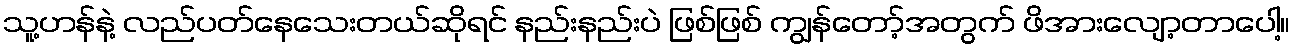
သူ့ဟန်နဲ့ လည်ပတ်နေသေးတယ်ဆိုရင် နည်းနည်းပဲ ဖြစ်ဖြစ် ကျွန်တော့်အတွက် ဖိအားလျော့တာပေါ့။